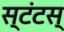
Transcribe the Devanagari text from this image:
स्टंटस्